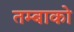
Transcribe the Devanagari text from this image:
तम्बाको